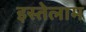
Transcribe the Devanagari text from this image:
इस्तेलाम